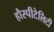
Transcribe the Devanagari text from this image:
हौस्पीटेलिटी